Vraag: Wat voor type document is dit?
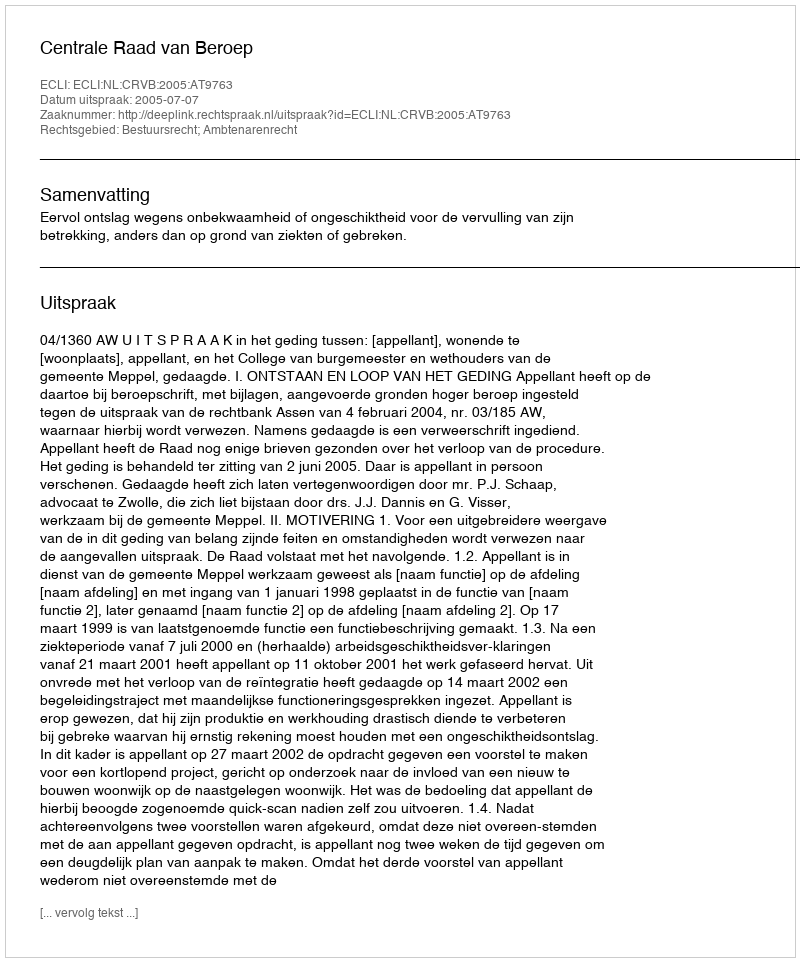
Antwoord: Uitspraak